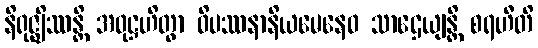
နိရုဇ္ဈိဿန္တိ အဝုဋ္ဌဟိတွာ ဝိပဿနာနိယမေနေဝ သာဌေယျန္တိ စရဟီတိ